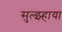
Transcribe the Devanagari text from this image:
सुल्झ्हाया